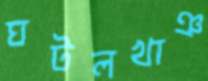
ঘটলখাঞ